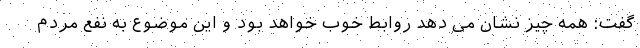
گفت: همه‌ چیز نشان می دهد روابط خوب خواهد بود و این موضوع به نفع مردم